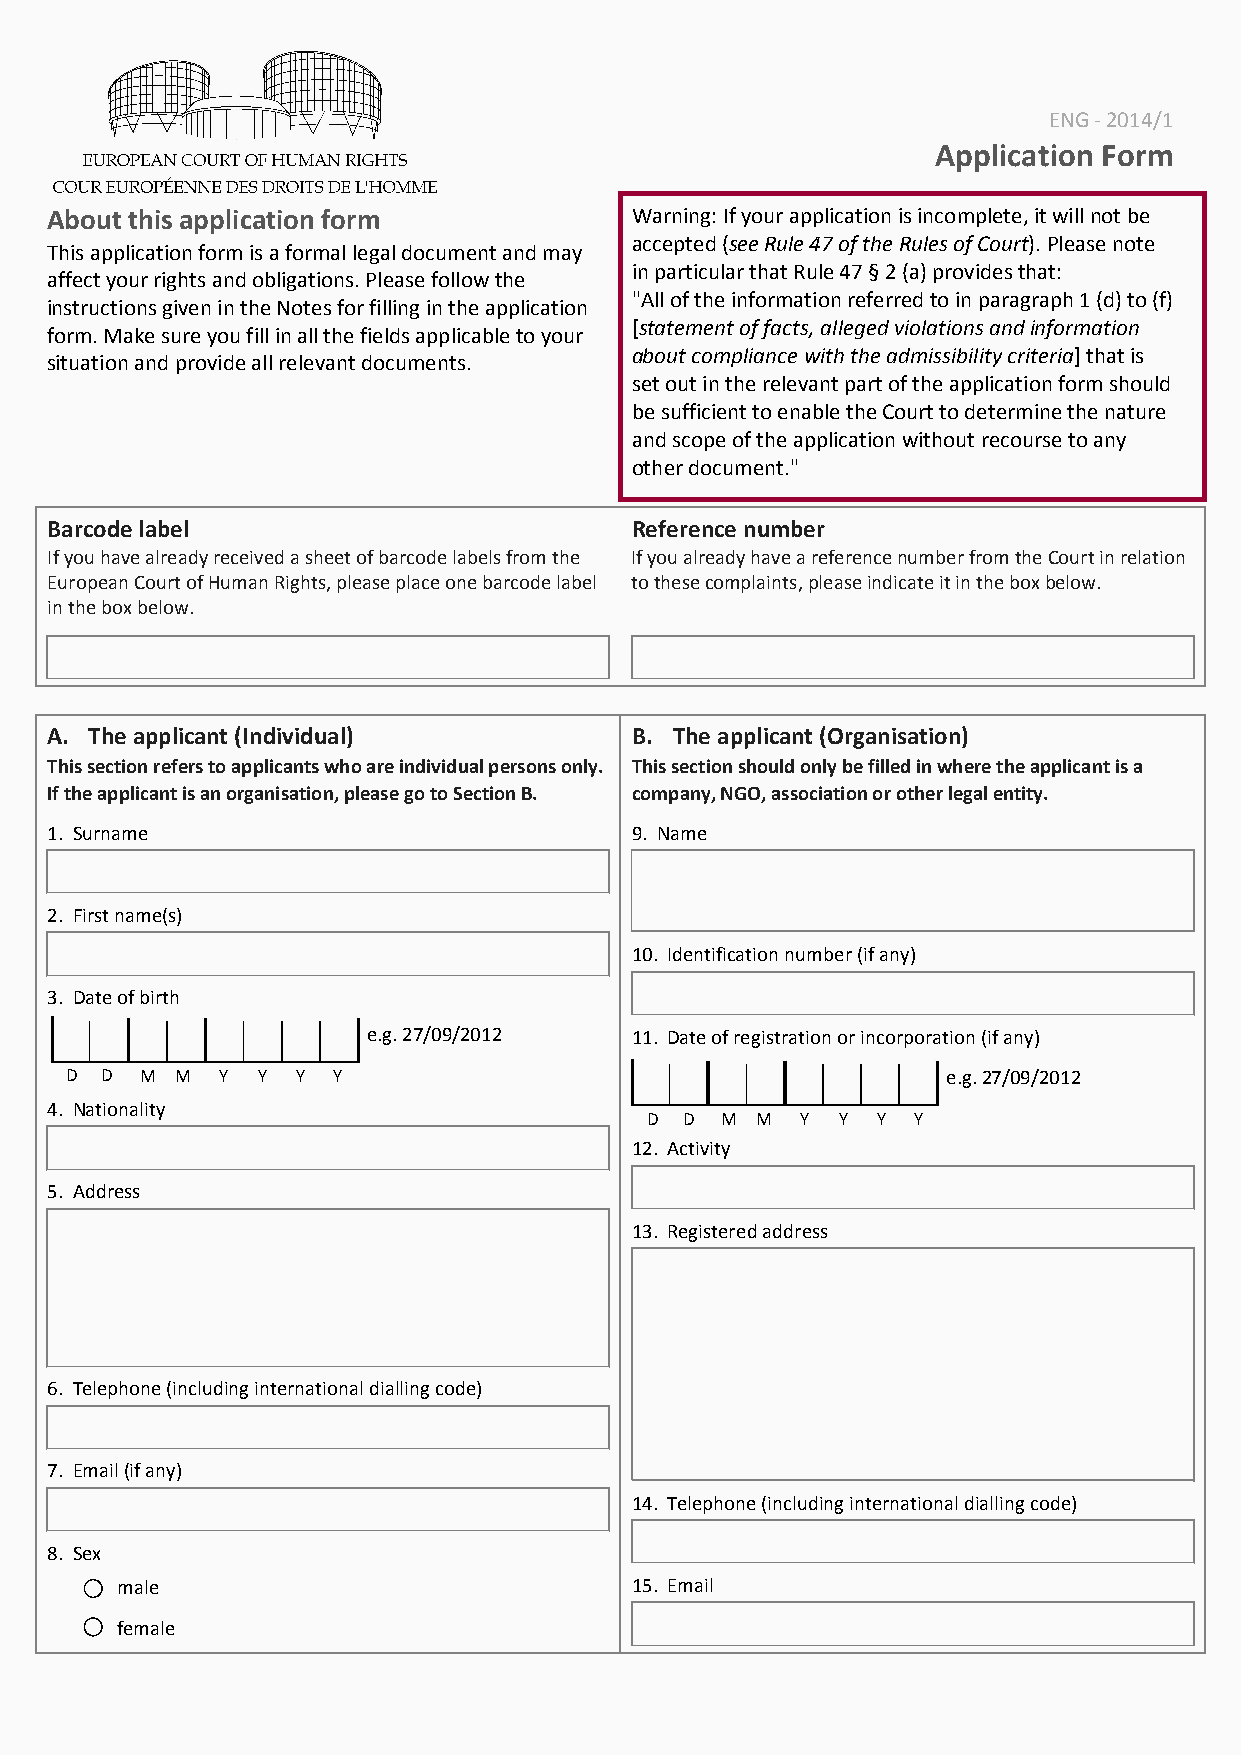
ENG - 2014/1
 Application Form
 About this application form            Warning: If your application is incomplete, it will not be
 accepted (see Rule 47 of the Rules of Court). Please note
 This application form is a formal legal document and may
 in particular that Rule 47 § 2 (a) provides that:
 affect your rights and obligations. Please follow the
 "All of the information referred to in paragraph 1 (d) to (f)
 instructions given in the Notes for filling in the application
 [statement of facts, alleged violations and information
 form. Make sure you fill in all the fields applicable to your
 about compliance with the admissibility criteria] that is
 situation and provide all relevant documents.
 set out in the relevant part of the application form should
 be sufficient to enable the Court to determine the nature
 and scope of the application without recourse to any
 other document."
 Barcode label                          Reference number
 If you have already received a sheet of barcode labels from the If you already have a reference number from the Court in relation
 European Court of Human Rights, please place one barcode label to these complaints, please indicate it in the box below.
 in the box below.
 A. The applicant (Individual)          B. The applicant (Organisation)
 This section refers to applicants who are individual persons only. This section should only be filled in where the applicant is a
 If the applicant is an organisation, please go to Section B. company, NGO, association or other legal entity.
 1. Surname                             9. Name
 2. First name(s)
 10. Identification number (if any)
 3. Date of birth
 e.g. 27/09/2012   11. Date of registration or incorporation (if any)
 D  D M  M Y  Y  Y Y                                        e.g. 27/09/2012
 4. Nationality
 D D  M M  Y  Y Y Y
 12. Activity
 5. Address
 13. Registered address
 6. Telephone (including international dialling code)
 7. Email (if any)
 14. Telephone (including international dialling code)
 8. Sex
 male                              15. Email
 female